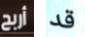
أربح قد